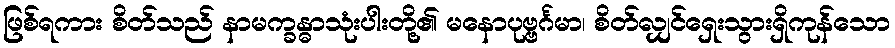
ဖြစ်ရကား စိတ်သည် နာမက္ခန္ဓာသုံးပါးတို့၏ မနောပုဗ္ဗင်္ဂမာ၊ စိတ်လျှင်ရှေးသွားရှိကုန်သော